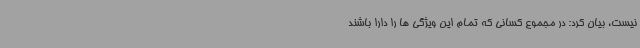
نیست، بیان کرد: در مجموع کسانی که تمام این ویژگی ها را دارا باشند